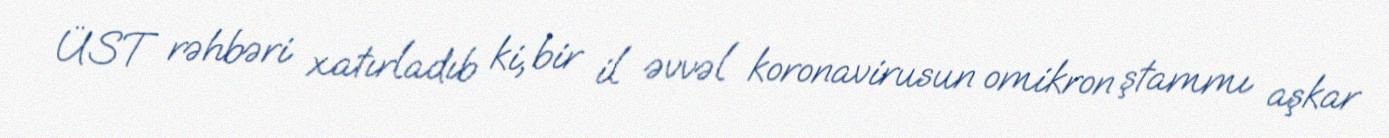
ÜST rəhbəri xatırladıb ki, bir il əvvəl koronavirusun omikron ştammı aşkar